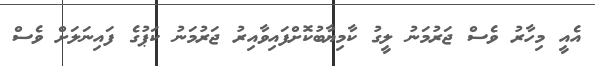
އެއީ މިހާރު ވެސް ޖަރުމަނު ލީގު ކާމިޔާބުކޮށްފައިވާއިރު ޖަރުމަނު ކަޕުގެ ފައިނަލަށް ވެސް